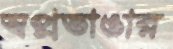
স্বপ্নভাঙার